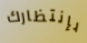
بإنتظارك